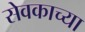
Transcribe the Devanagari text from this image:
सेवकाच्या